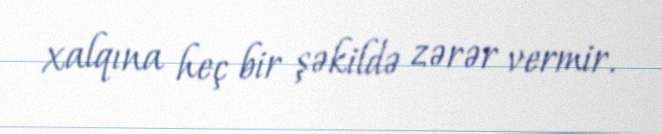
xalqına heç bir şəkildə zərər vermir.